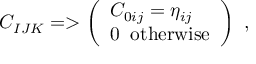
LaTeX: C _ { I J K } = > \left( \begin{array} { l } { { C _ { 0 i j } = \eta _ { i j } } } \\ { { 0 \; \; \mathrm { o t h e r w i s e } } } \end{array} \right) \ ,